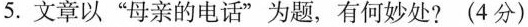
5.文章以”母亲的电话”为题，有何妙处?(4分)